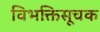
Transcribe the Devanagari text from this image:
विभक्तिसूचक